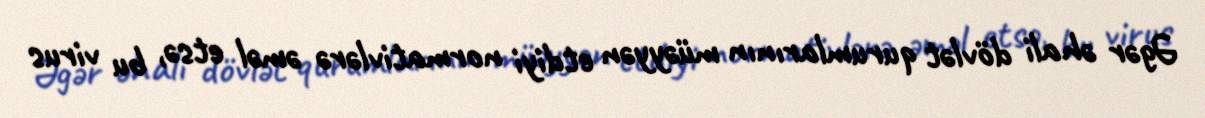
Əgər əhali dövlət qurumlarının müəyyən etdiyi normativlərə əməl etsə, bu virus